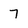
Character: 7